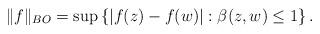
LaTeX: \begin{align*}\|f\|_{BO}=\sup\left\{ |f(z)-f(w)|:\beta(z,w)\leq 1\right\}.\end{align*}